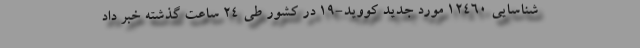
شناسایی ۱۲۴۶۰ مورد جدید کووید-۱۹ در کشور طی ۲۴ ساعت گذشته خبر داد